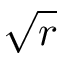
\sqrt { r }